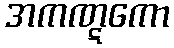
အကဏ္ဋကော